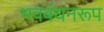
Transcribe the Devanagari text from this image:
भवबंधनरूप